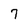
Character: 7